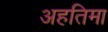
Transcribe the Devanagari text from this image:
अहतिमा